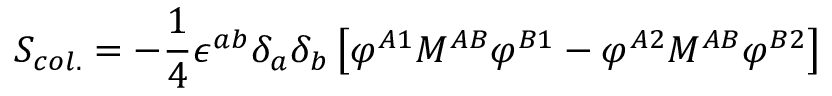
S _ { c o l . } = - { \frac { 1 } { 4 } } \epsilon ^ { a b } \delta _ { a } \delta _ { b } \left[ \varphi ^ { A 1 } M ^ { A B } \varphi ^ { B 1 } - \varphi ^ { A 2 } M ^ { A B } \varphi ^ { B 2 } \right]